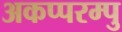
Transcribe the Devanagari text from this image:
अकप्परम्पु